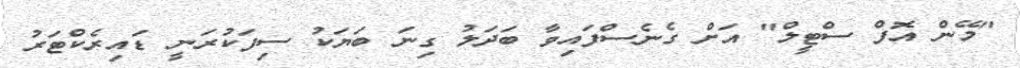
"މޭން އޮފް ސްޓީލް" އަށް ގެނެސްފައިވާ ބަދަލު ގިނަ ބަޔަކު ސިފަކުރަނީ ޑައިރެކްޓަރު